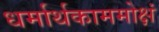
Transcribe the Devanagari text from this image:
धर्मार्थकाममोक्षं